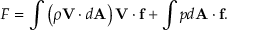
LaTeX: F = \int \left( \rho \mathbf { V } \cdot d \mathbf { A } \right) \mathbf { V } \cdot \mathbf { f } + \int p d \mathbf { A } \cdot \mathbf { f } .